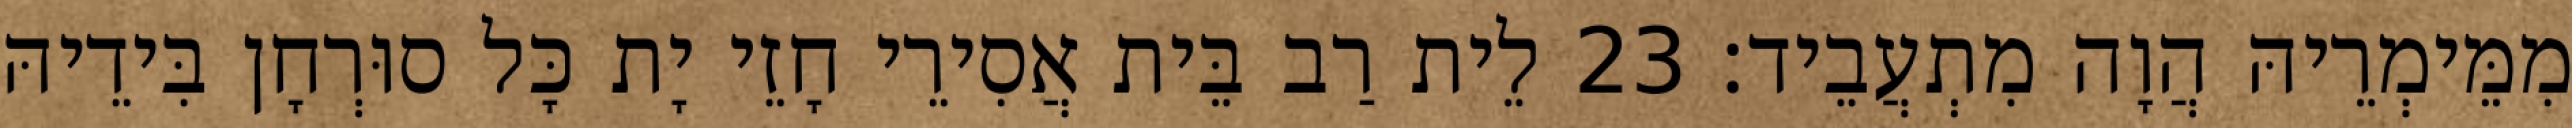
מִמֵּימְרֵיהּ הֲוָה מִתְעֲבֵיד׃ 23 לֵית רַב בֵּית אֲסִירֵי חָזֵי יָת כָּל סוּרְחָן בִּידֵיהּ